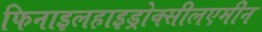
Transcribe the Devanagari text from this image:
फिनाइलहाइड्रोक्सीलएमीन